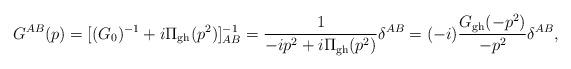
LaTeX: \begin{align*}G^{AB}(p) = [(G_0)^{-1}+i\Pi_{\rm gh}(p^2)]^{-1}_{AB} = {1 \over -ip^2 + i\Pi_{\rm gh}(p^2)} \delta^{AB} = (-i) {G_{\rm gh}(-p^2) \over -p^2} \delta^{AB} ,\end{align*}